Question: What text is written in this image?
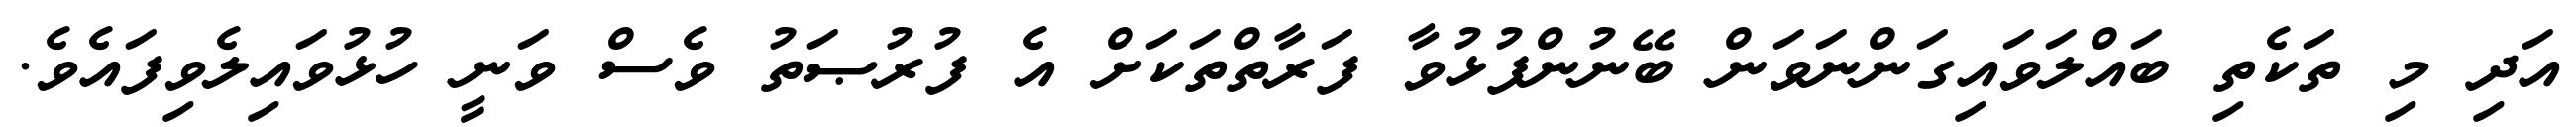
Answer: އަދި މި ތަކެތި ބައްލަވައިގަންނަވަން ބޭނުންފުޅުވާ ފަރާތްތަކަށް އެ ފުރުޞަތު ވެސް ވަނީ ހުޅުވައިލެވިފައެވެ.